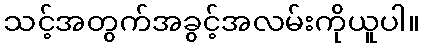
သင့်အတွက်အခွင့်အလမ်းကိုယူပါ။